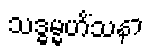
သဒ္ဓမ္မဟိံသနာ